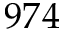
9 7 4